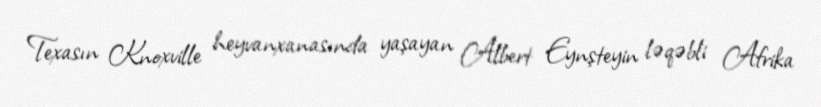
Texasın Knoxville heyvanxanasında yaşayan Albert Eynşteyin ləqəbli Afrika